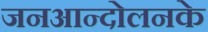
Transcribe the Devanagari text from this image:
जनआन्दोलनके